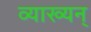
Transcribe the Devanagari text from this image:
व्याख्यन्